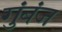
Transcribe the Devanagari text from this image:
गुंबंज